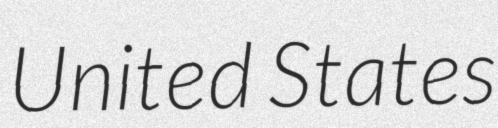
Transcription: United States